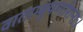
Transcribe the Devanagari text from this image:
वाताम्बुपर्णाशनाः।